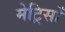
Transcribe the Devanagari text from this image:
मेट्रिसों